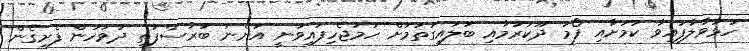
ހުޅުވާލާފައިވާ ކަމަށާއި ފޯމު ދޫކުރުމާއި ބަލައިގަތުމަށް ހަމަޖެހިފައިވަނީ އަންނަ ބުރާސްފަތި ދުވަހުން ފެށިގެން